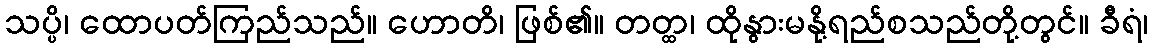
သပ္ပိ၊ ထောပတ်ကြည်သည်။ ဟောတိ၊ ဖြစ်၏။ တတ္ထ၊ ထိုနွားမနို့ရည်စသည်တို့တွင်။ ခီရံ၊